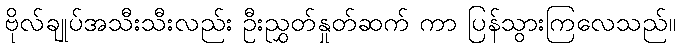
ဗိုလ်ချုပ်အသီးသီးလည်း ဦးညွှတ်နှုတ်ဆက် ကာ ပြန်သွားကြလေသည်။